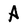
Character: A